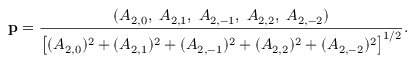
\mathbf { p } = \frac { ( A _ { 2 , 0 } , \; A _ { 2 , 1 } , \; A _ { 2 , - 1 } , \; A _ { 2 , 2 } , \; A _ { 2 , - 2 } ) } { \left[ ( A _ { 2 , 0 } ) ^ { 2 } + ( A _ { 2 , 1 } ) ^ { 2 } + ( A _ { 2 , - 1 } ) ^ { 2 } + ( A _ { 2 , 2 } ) ^ { 2 } + ( A _ { 2 , - 2 } ) ^ { 2 } \right] ^ { 1 / 2 } } .